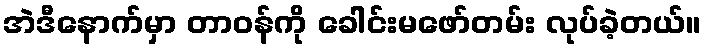
အဲဒီနောက်မှာ တာဝန်ကို ခေါင်းမဖော်တမ်း လုပ်ခဲ့တယ်။